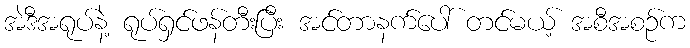
အဲဒီအရုပ်နဲ့ ရုပ်ရှင်ဖန်တီးပြီး အင်တာနက်ပေါ် တင်မယ့် အစီအစဉ်က